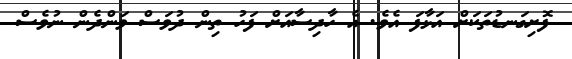
ފޮށިގަނޑުތަކަށް އަޅާފަ އެވެ. އެ ހާދިސާއަށް ފަހު ތިން ދުވަސް ވަންދެން ނުވެސް